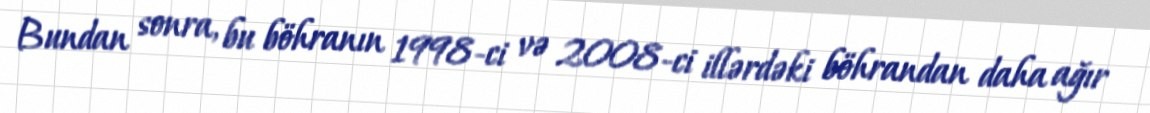
Bundan sonra, bu böhranın 1998-ci və 2008-ci illərdəki böhrandan daha ağır